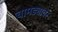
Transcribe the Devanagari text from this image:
चामड्यावर